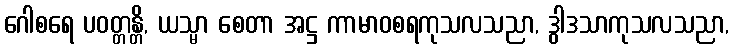
ဂေါစရေ ပဝတ္တန္တိ, ယသ္မာ စေတာ အဋ္ဌ ကာမာဝစရကုသလသညာ, ဒွါဒသာကုသလသညာ,